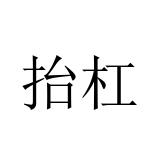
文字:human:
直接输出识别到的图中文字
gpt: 抬杠